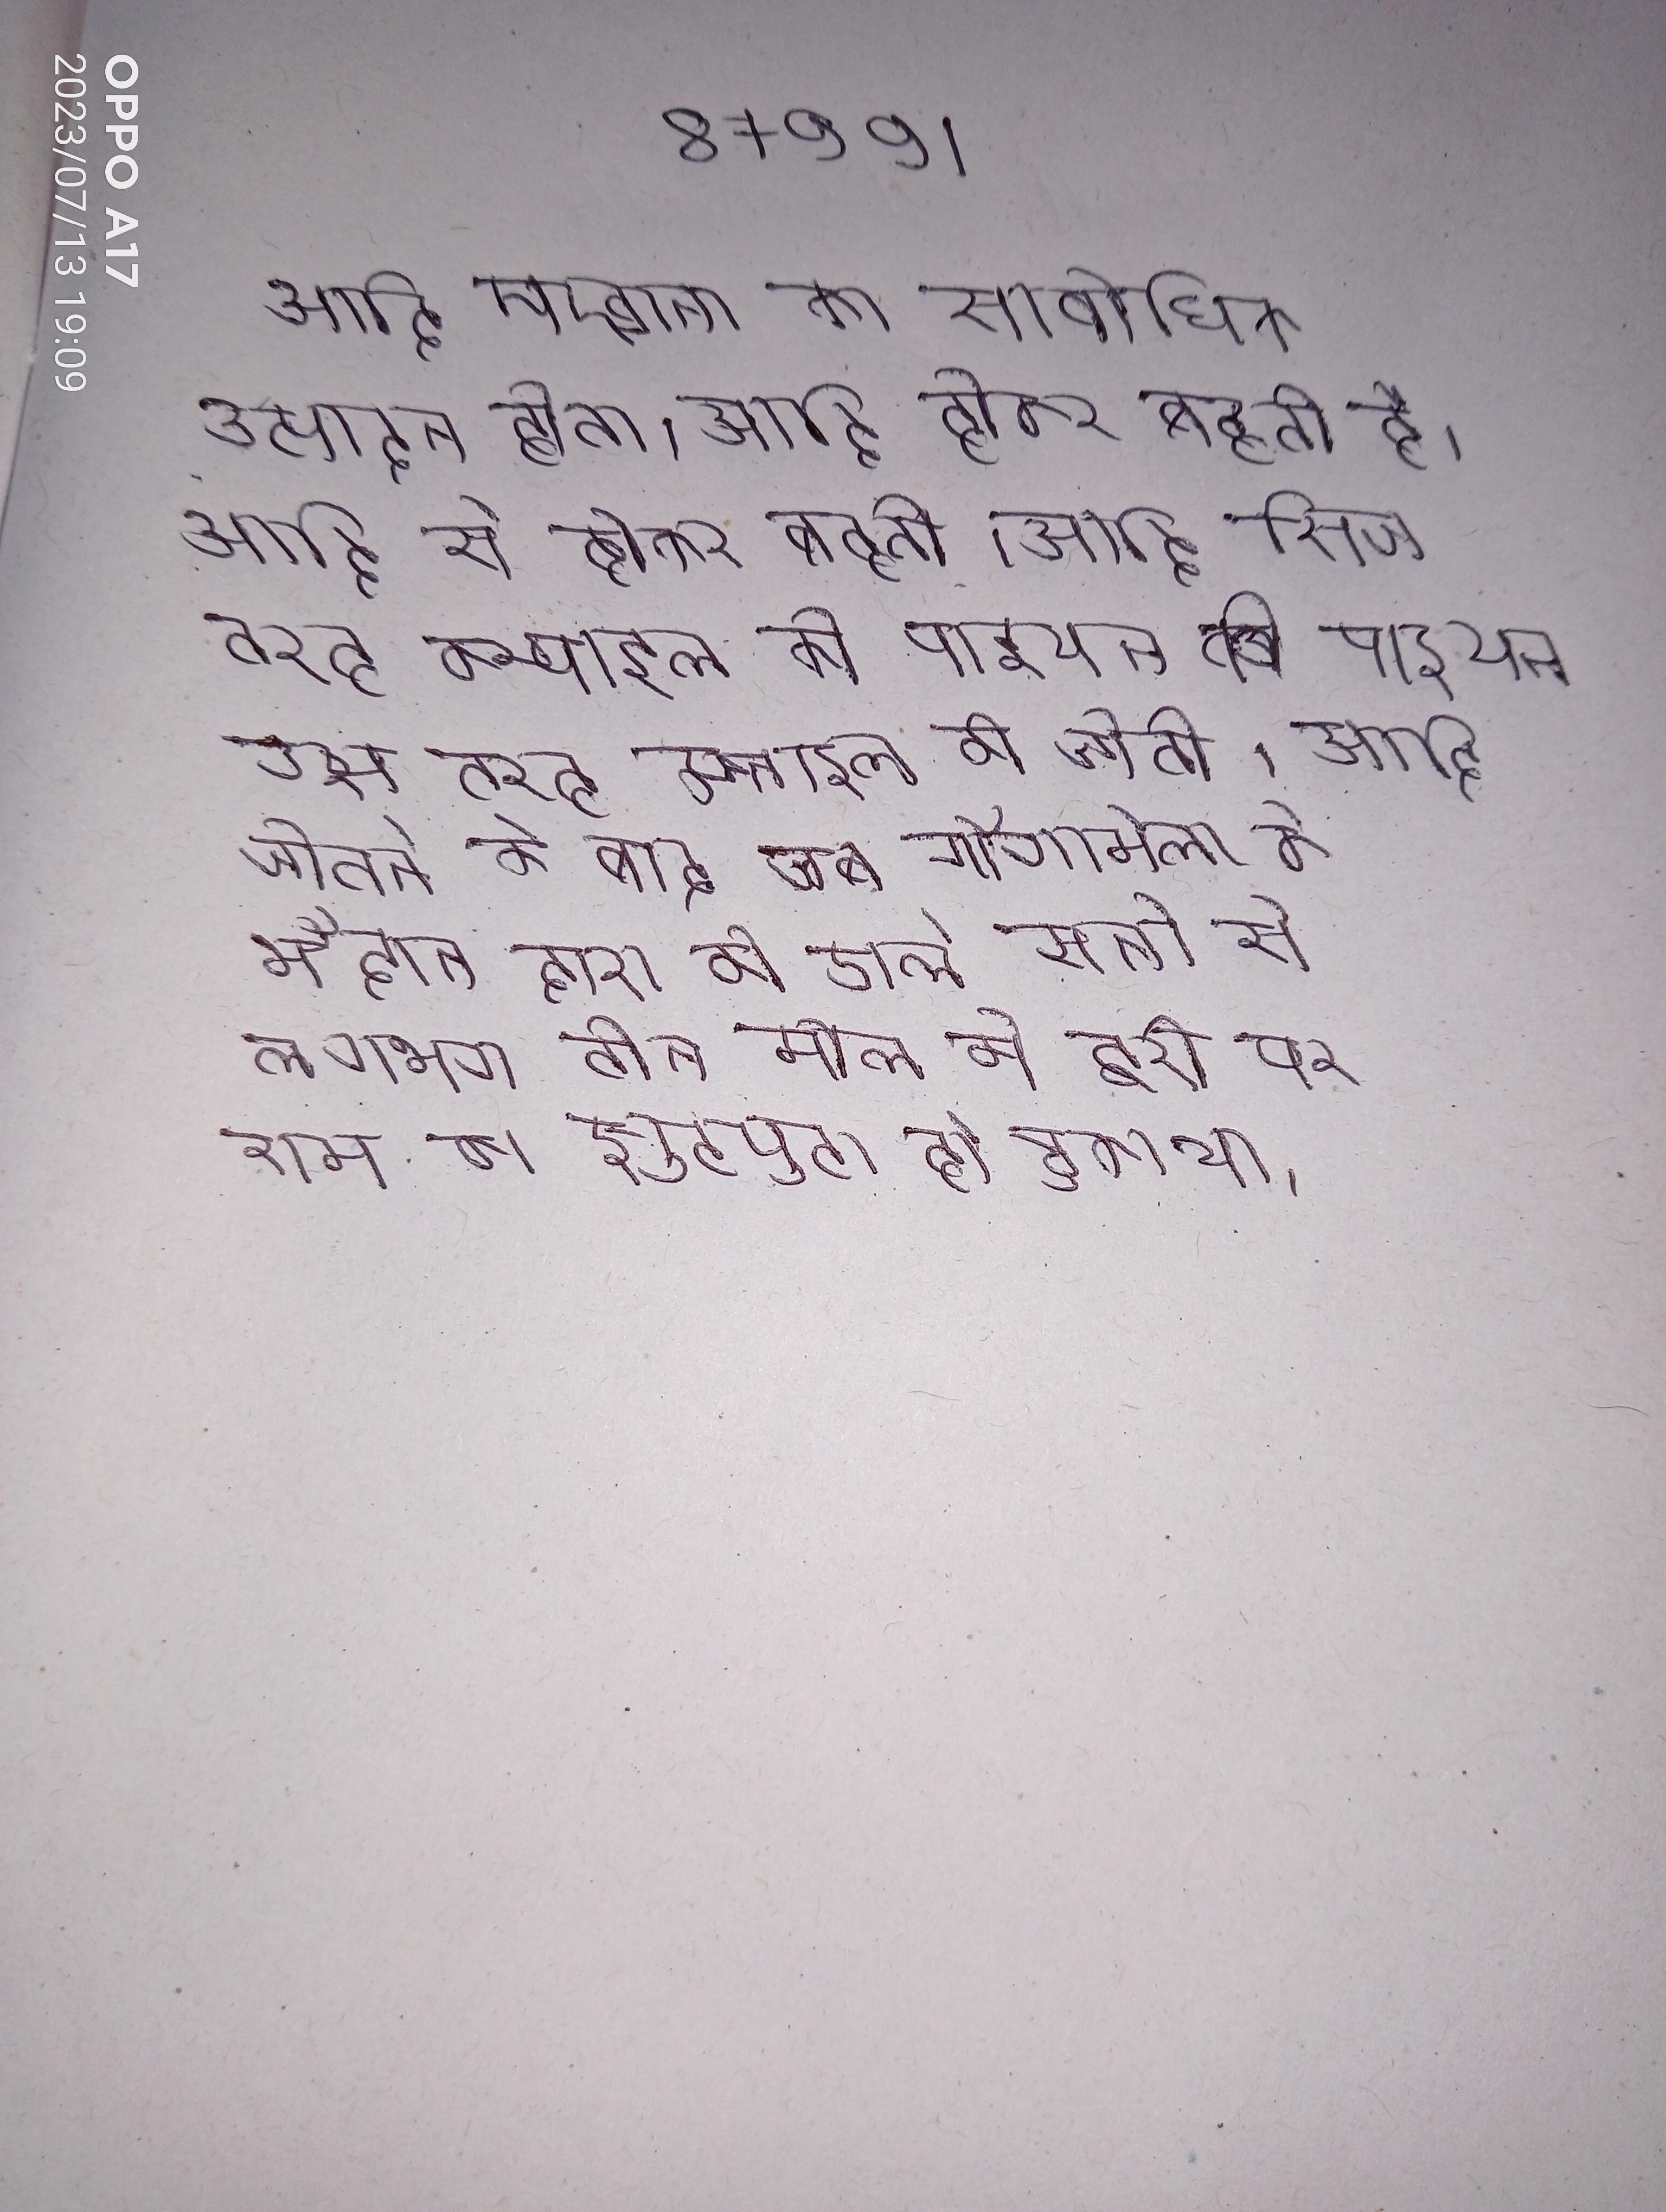
आदि मखाना का सार्वाधिक उत्पादन होता है । आदि होकर बहती है । आदि से होकर बहती है । आदि जिस तरह कम्पाइल की पाइथन उस तरह कम्पाइल की जाती । आदि जीतने के बाद जब गौगामेला के मैदान दारा की डाले सेना से लगभग तीन मील की दूरी पर शाम का झुटपुटा हो चुका था ।